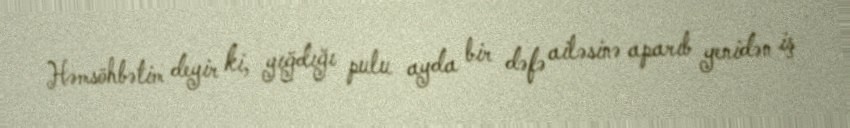
Həmsöhbətim deyir ki, yığdığı pulu ayda bir dəfə ailəsinə aparıb yenidən iş